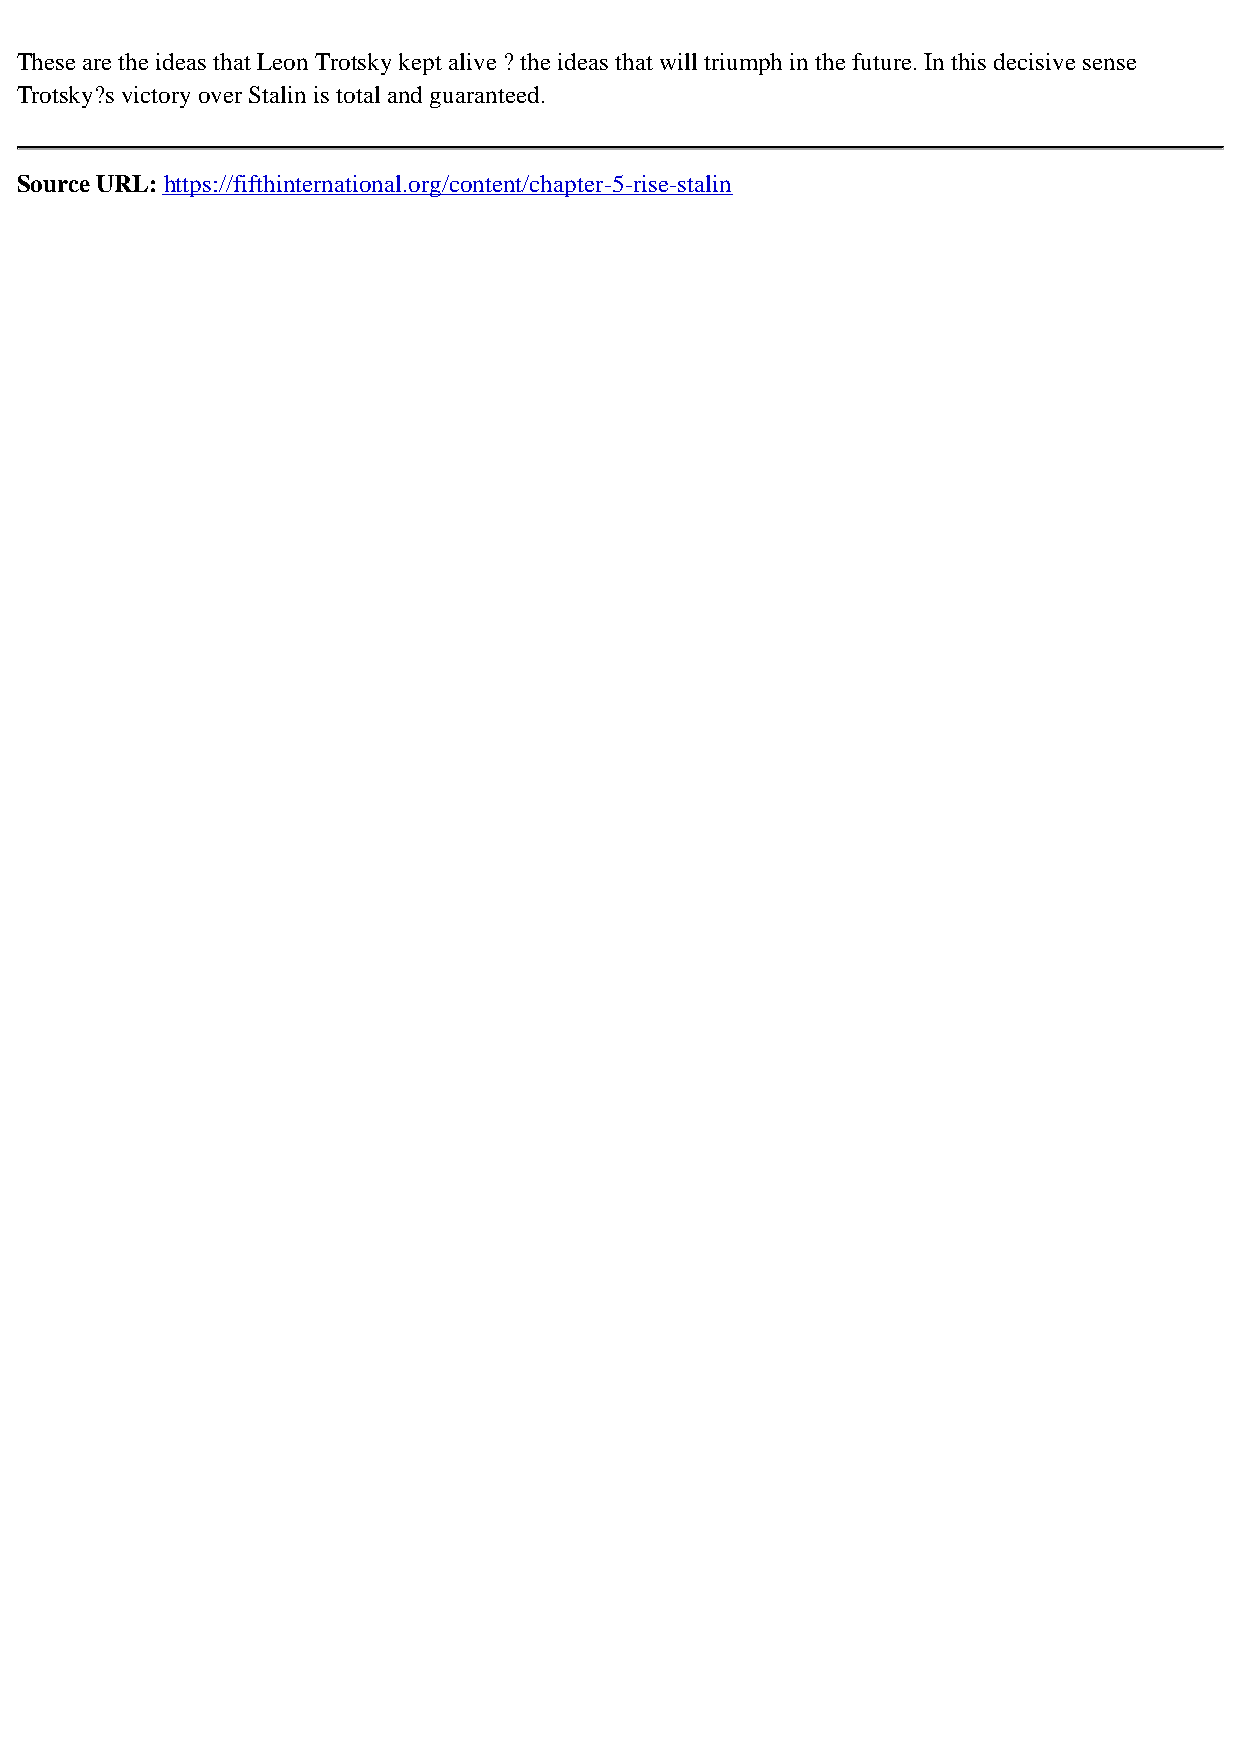
These are the ideas that Leon Trotsky kept alive ? the ideas that will triumph in the future. In this decisive sense
 Trotsky?s victory over Stalin is total and guaranteed.
 Source URL:https://fifthinternational.org/content/chapter-5-rise-stalin